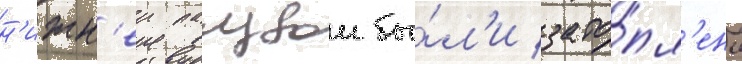
н'ижн'еи палубои бы́л'и зато́пл'ены